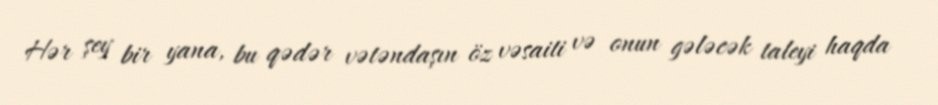
Hər şey bir yana, bu qədər vətəndaşın öz vəsaiti və onun gələcək taleyi haqda